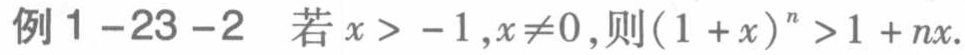
例1-23-2 若\(x > -1,x\neq0\)，则\((1 + x)^{n}>1 + nx\)